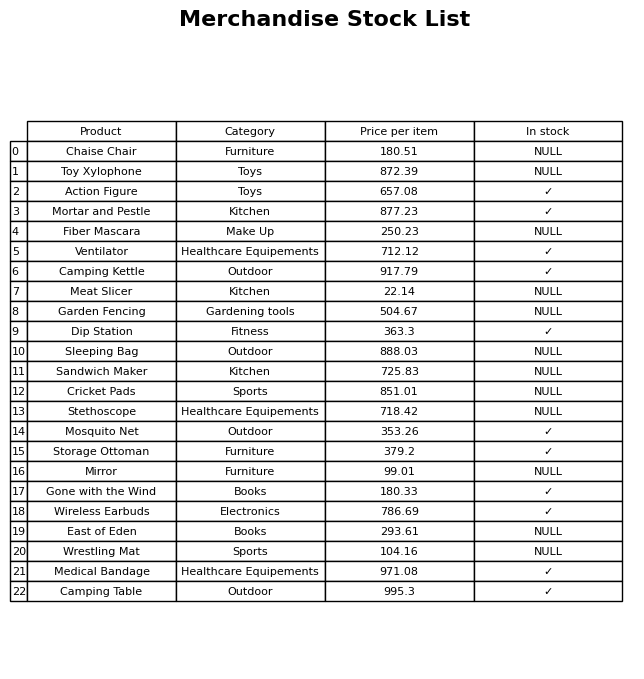
question: Is the Wireless Earbuds in stock?
answer: ✓